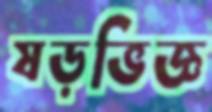
ষড়ভিজ্ঞ